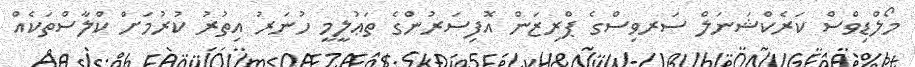
މޯލްޑިވްސް ކަރެކްޝަނަލް ސަރވިސްގެ ޕްރިޒަން އޮފިސަރުންގެ ތަޢުލީމީ ހުނަރު އިތުރު ކުރުމަށް ކްލާސްތަކެއް